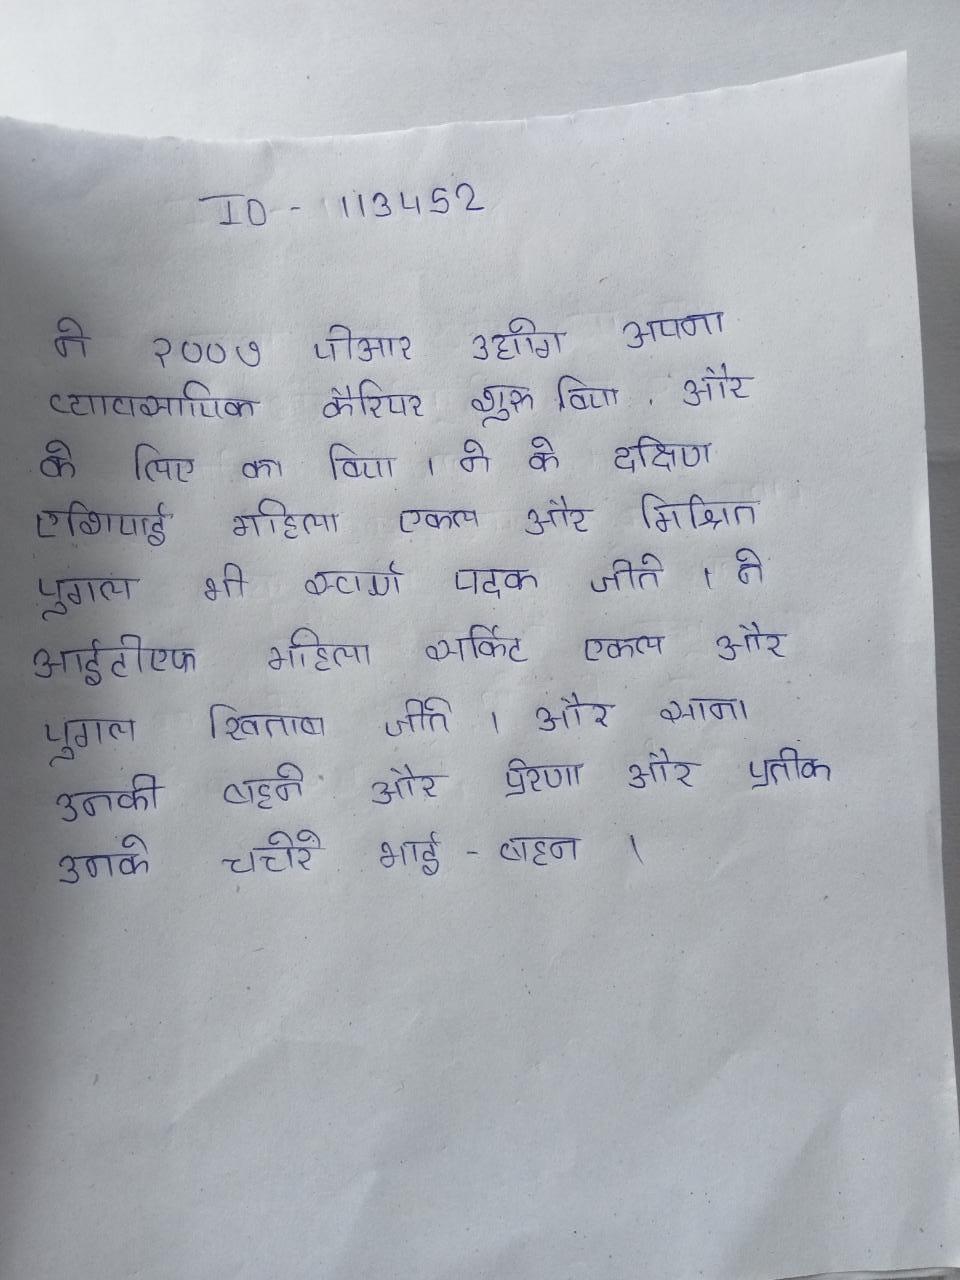
ने २००७ पीआर उद्योग अपना व्यावसायिक कैरियर शुरू किया, और के लिए का किया । ने के दक्षिण एशियाई महिला एकल और मिश्रित युगल भी स्वर्ण पदक जीते । ने आईटीएफ महिला सर्किट एकल और युगल खिताब जीते । और साना उनकी बहने और प्रेरणा और प्रतीक उनके चचेरे भाई-बहन ।